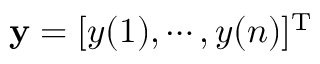
{ \bf y } = [ y ( 1 ) , \cdots , y ( n ) ] ^ { \mathrm { T } }